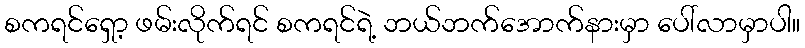
စကရင်ရှော့ ဖမ်းလိုက်ရင် စကရင်ရဲ့ ဘယ်ဘက်အောက်နားမှာ ပေါ်လာမှာပါ။